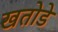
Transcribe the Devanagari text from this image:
खतोडे